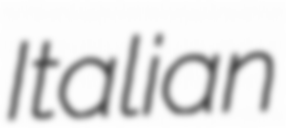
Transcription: Italian